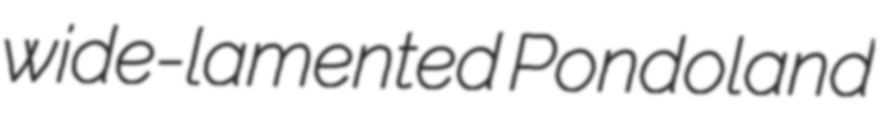
wide-lamented Pondoland